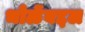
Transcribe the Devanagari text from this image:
भोळेंबद्दल